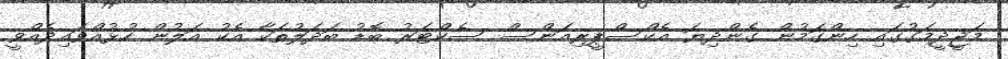
މަޖީދީމަގުގައި ހިންގަމުން ގެންދިޔަ އެކްސްޕީރިއަންސް ސެކްޓަރު ބޮޑު ބަދަލުތަކާ އެކު އަލުން ހުޅުއްވައިދެއްވީ